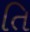
તિ